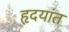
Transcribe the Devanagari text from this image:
हृदयांत